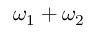
\omega _ { 1 } + \omega _ { 2 }